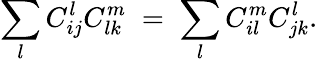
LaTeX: \sum_{l}C_{ij}^{l}C_{lk}^{m}\; =\; \sum_{l}C_{il}^{m}C_{jk}^{l}.